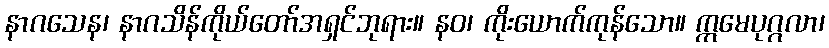
နာဂသေန၊ နာဂသိန်ကိုယ်တော်အရှင်ဘုရား။ နဝ၊ ကိုးယောက်ကုန်သော။ ဣမေပုဂ္ဂလာ၊